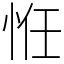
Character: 㤛